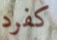
كفرد